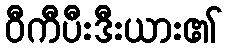
ဝီကီပီးဒီးယား၏